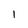
Character: 1